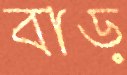
বাড়